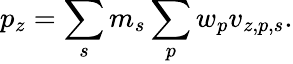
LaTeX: p_{z}=\sum_{s}m_{s}\sum_{p}w_{p}v_{z,p,s}.